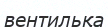
вентильқа